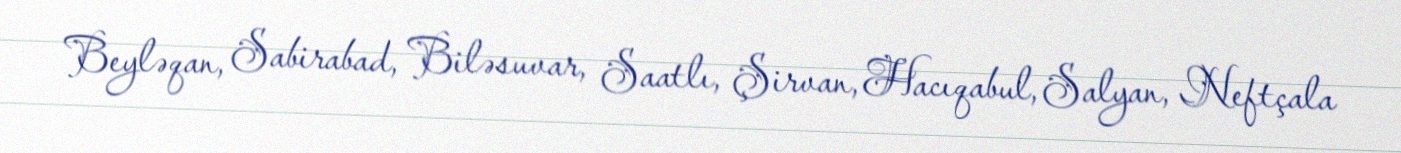
Beyləqan, Sabirabad, Biləsuvar, Saatlı, Şirvan, Hacıqabul, Salyan, Neftçala